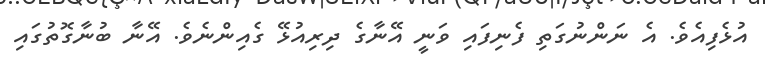
އުޅެފިއެވެ. އެ ނަންނުގަތި ފެނިފައި ވަނީ އޭނާގެ ދިރިއުޅޭ ގެއިންނެވެ. އޭނާ ބުނާގޮތުގައި